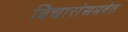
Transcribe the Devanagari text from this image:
विचारांसमवेत